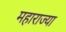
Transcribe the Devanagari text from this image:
महाराज्या